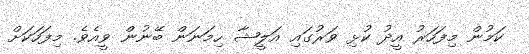
ކަމުން މިފަހަރު އީދު ކުޅި ވަރުގައި އަލީޝާ ހިމަނަން ބޭނުން ވީއެވެ. މިފަހަކަށް